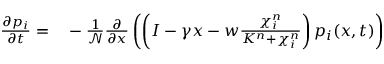
\begin{array} { r l } { \frac { \partial p _ { i } } { \partial t } = } & { { } - \frac { 1 } { \mathcal { N } } \frac { \partial } { \partial x } \left( \left( I - \gamma x - w \frac { \chi _ { i } ^ { n } } { K ^ { n } + \chi _ { i } ^ { n } } \right) p _ { i } ( x , t ) \right) } \end{array}